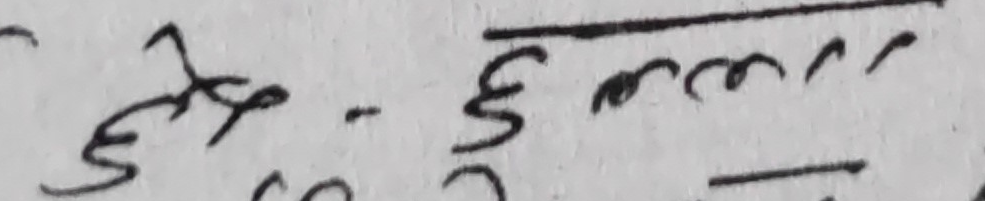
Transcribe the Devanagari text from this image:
उदेद्दे - ξ ल्लन्र